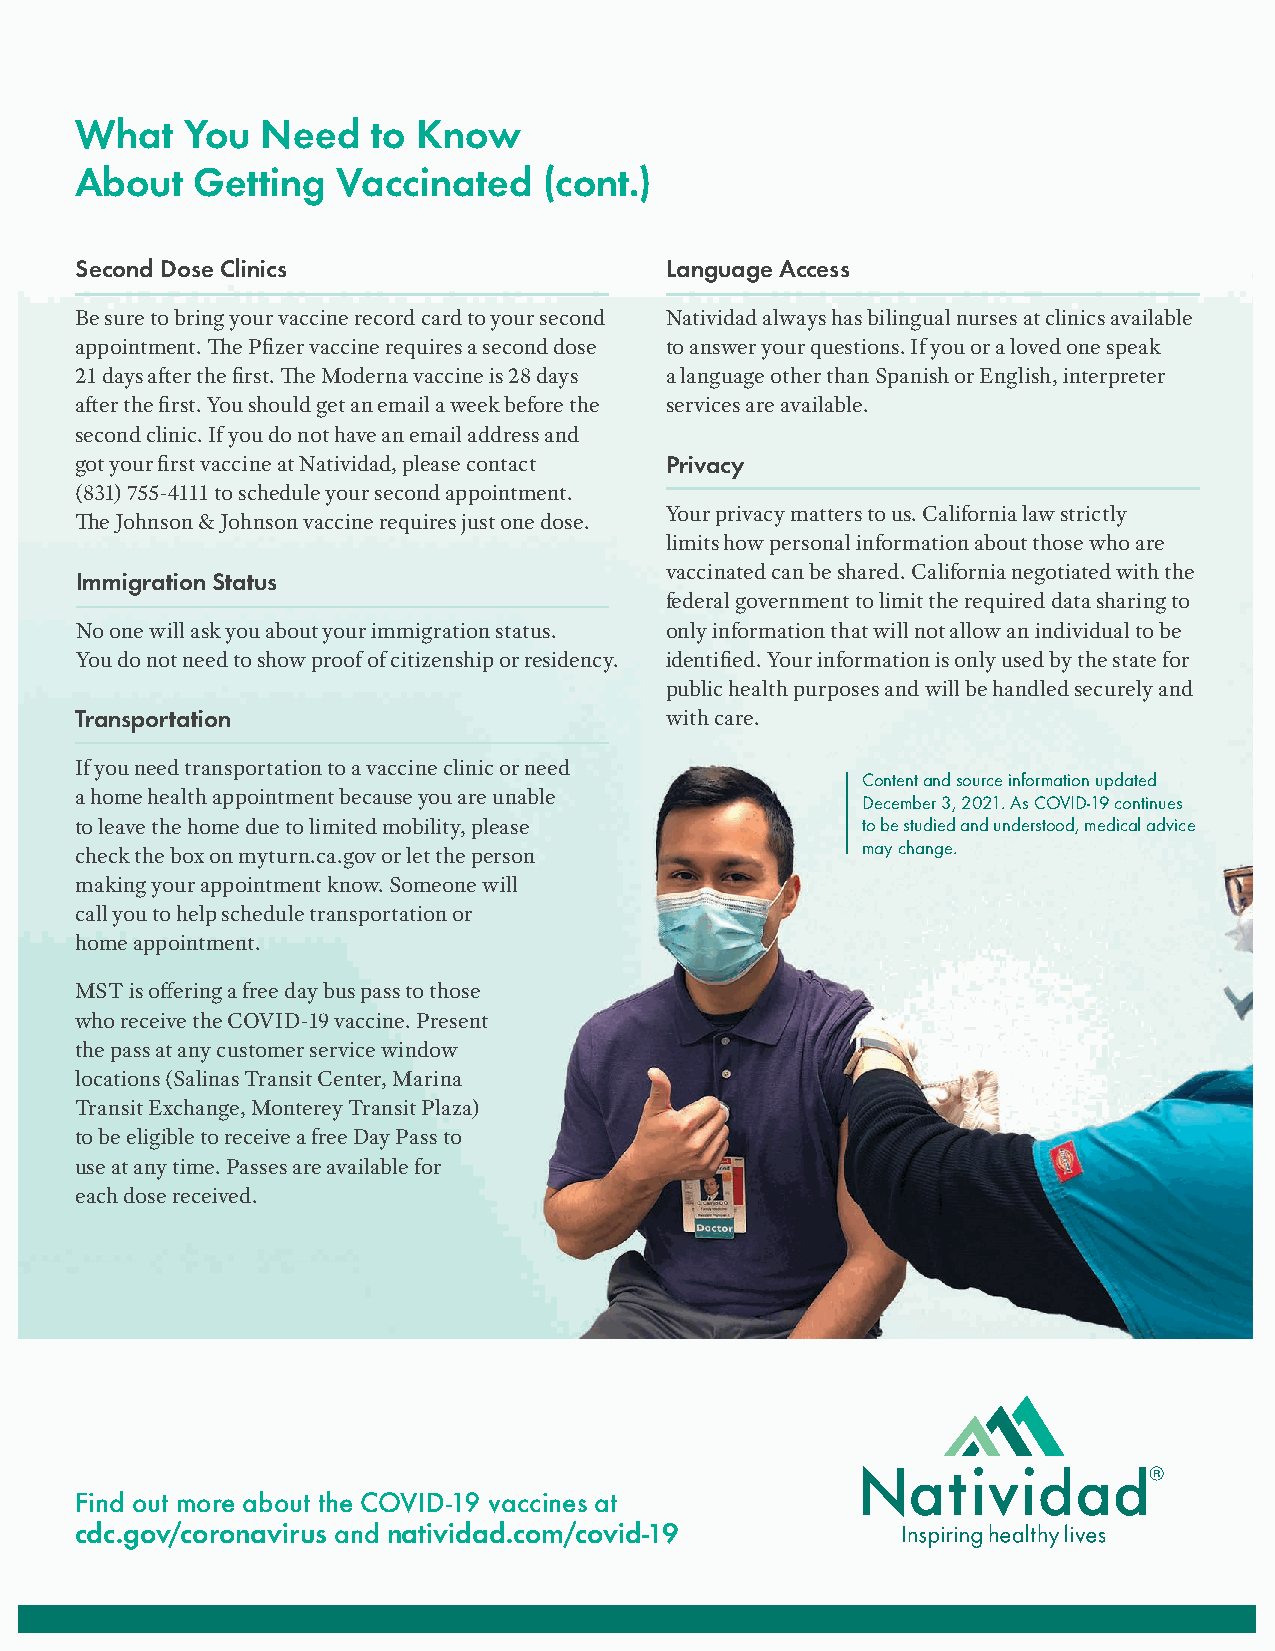
What   You  Need    to Know
 About   Getting  Vaccinated    (cont.)
 Second Dose Clinics                    Language Access
 Be sure to bring your vaccine record card to your second Natividad always has bilingual nurses at clinics available
 appointment. The Pfizer vaccine requires a second dose to answer your questions. If you or a loved one speak
 21 days after the first. The Moderna vaccine is 28 days a language other than Spanish or English, interpreter
 after the first. You should get an email a week before the services are available.
 second clinic. If you do not have an email address and
 got your first vaccine at Natividad, please contact Privacy
 (831) 755-4111 to schedule your second appointment.
 Your privacy matters to us. California law strictly
 The Johnson & Johnson vaccine requires just one dose.
 limits how personal information about those who are
 vaccinated can be shared. California negotiated with the
 Immigration Status
 federal government to limit the required data sharing to
 No one will ask you about your immigration status. only information that will not allow an individual to be
 You do not need to show proof of citizenship or residency. identified. Your information is only used by the state for
 public health purposes and will be handled securely and
 Transportation                         with care.
 If you need transportation to a vaccine clinic or need
 Content and source information updated
 a home health appointment because you are unable
 December 3, 2021. As COVID-19 continues
 to leave the home due to limited mobility, please   to be studied and understood, medical advice
 may change.
 check the box on myturn.ca.gov or let the person
 making your appointment know. Someone will
 call you to help schedule transportation or
 home appointment.
 MST is offering a free day bus pass to those
 who receive the COVID-19 vaccine. Present
 the pass at any customer service window
 locations (Salinas Transit Center, Marina
 Transit Exchange, Monterey Transit Plaza)
 to be eligible to receive a free Day Pass to
 use at any time. Passes are available for
 each dose received.
 Find out more about the COVID-19 vaccines at
 cdc.gov/coronavirus and natividad.com/covid-19